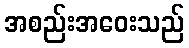
အစည်းအဝေးသည်